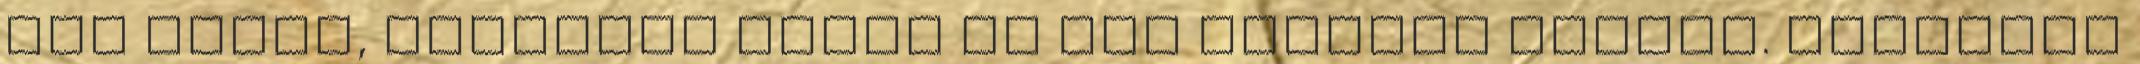
van bízva, gondolom régen is kéz melegre mérték. Figyelem